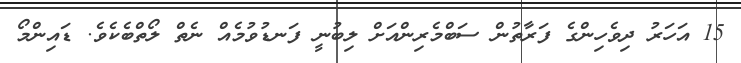
15 އަހަރު ދިވެހިންގެ ފަރާތުން ސަބްމެރިންއަށް ލިބުނީ ފަނޑުވުމެއް ނެތް ލޯތްބެކެވެ. ޑައިންމޯ